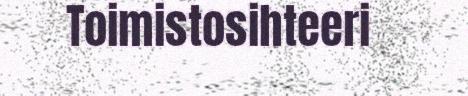
Toimistosihteeri